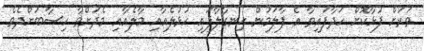
ވަރަށް ފުޅާކޮށް ހަދާފައިވާ އެ ފާލަމުން ހިނގާލާފައި ހުޅުލެއާއި މާލެއާއި މެދަށްވާ ހިސާބަށްދެވެ